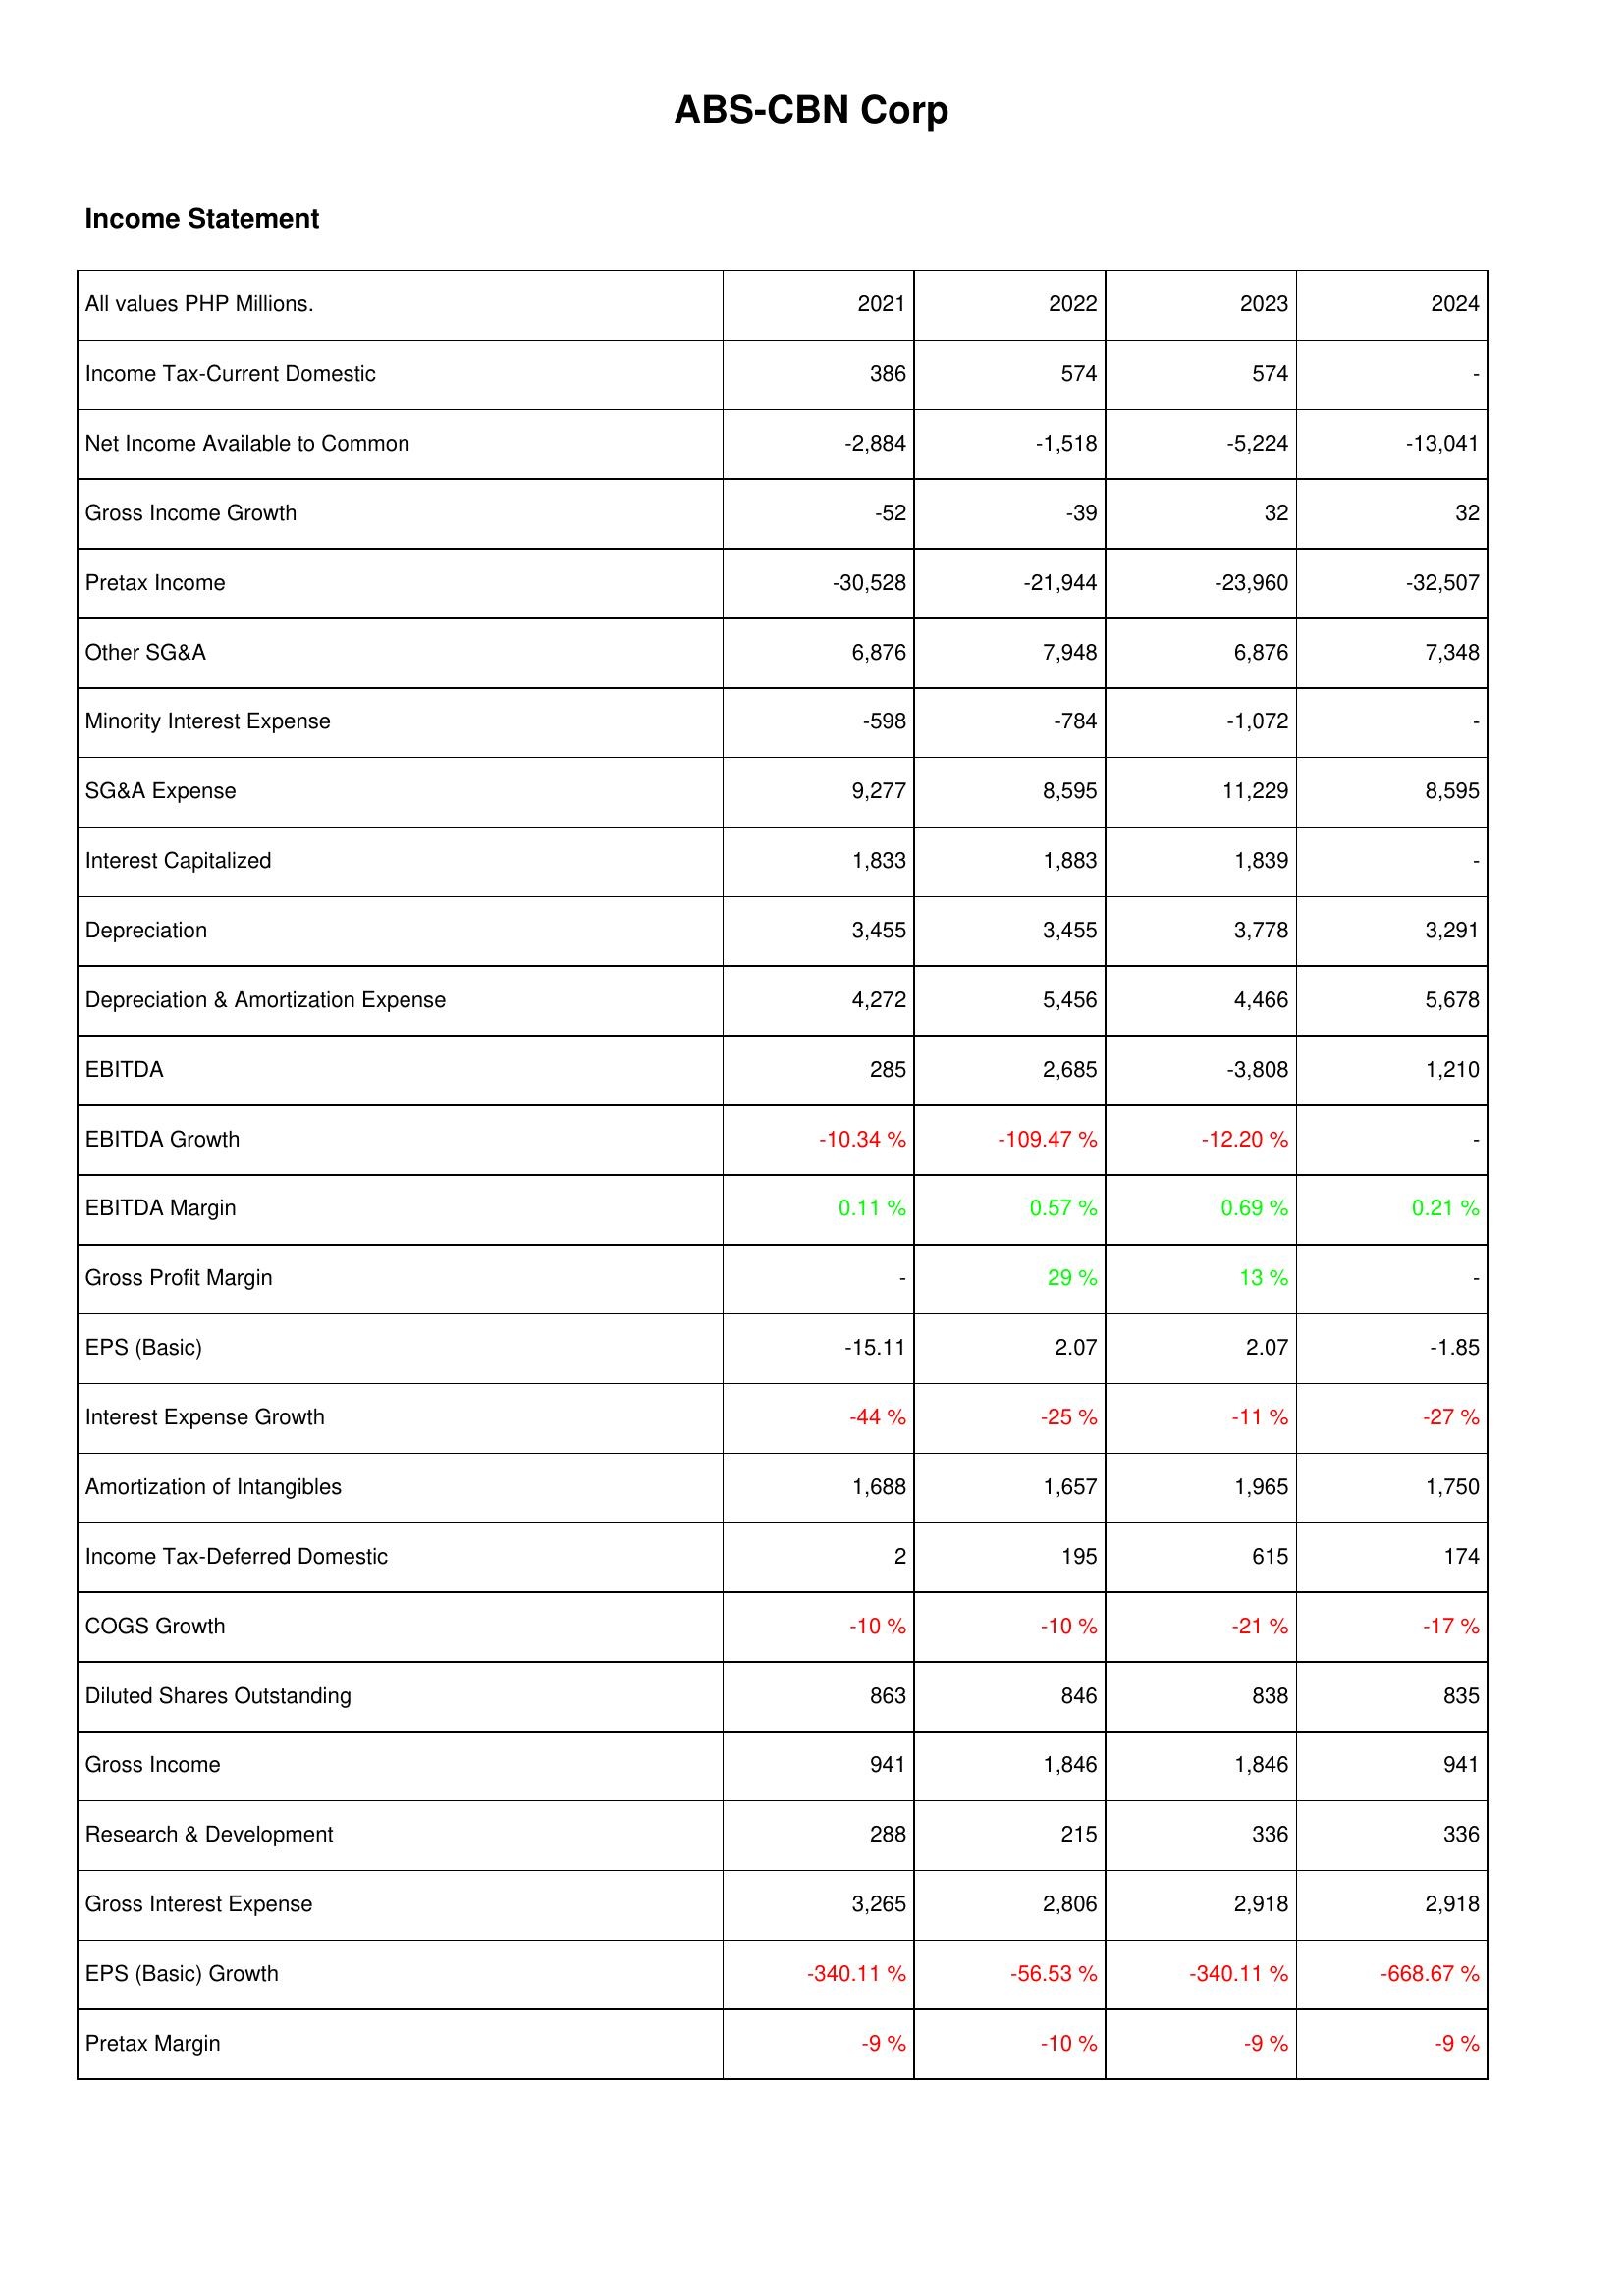
2021: Income Statement: Income Tax-Current Domestic: 386
Net Income Available to Common: -2,884
Gross Income Growth: -52
Pretax Income: -30,528
Other SG&A: 6,876
Minority Interest Expense: -598
SG&A Expense: 9,277
Interest Capitalized: 1,833
Depreciation: 3,455
Depreciation & Amortization Expense: 4,272
EBITDA: 285
EBITDA Growth: -10.34 %
EBITDA Margin: 0.11 %
Gross Profit Margin: -
EPS (Basic): -15.11
Interest Expense Growth: -44 %
Amortization of Intangibles: 1,688
Income Tax-Deferred Domestic: 2
COGS Growth: -10 %
Diluted Shares Outstanding: 863
Gross Income: 941
Research & Development: 288
Gross Interest Expense: 3,265
EPS (Basic) Growth: -340.11 %
Pretax Margin: -9 %
2022: Income Statement: Income Tax-Current Domestic: 574
Net Income Available to Common: -1,518
Gross Income Growth: -39
Pretax Income: -21,944
Other SG&A: 7,948
Minority Interest Expense: -784
SG&A Expense: 8,595
Interest Capitalized: 1,883
Depreciation: 3,455
Depreciation & Amortization Expense: 5,456
EBITDA: 2,685
EBITDA Growth: -109.47 %
EBITDA Margin: 0.57 %
Gross Profit Margin: 29 %
EPS (Basic): 2.07
Interest Expense Growth: -25 %
Amortization of Intangibles: 1,657
Income Tax-Deferred Domestic: 195
COGS Growth: -10 %
Diluted Shares Outstanding: 846
Gross Income: 1,846
Research & Development: 215
Gross Interest Expense: 2,806
EPS (Basic) Growth: -56.53 %
Pretax Margin: -10 %
2023: Income Statement: Income Tax-Current Domestic: 574
Net Income Available to Common: -5,224
Gross Income Growth: 32
Pretax Income: -23,960
Other SG&A: 6,876
Minority Interest Expense: -1,072
SG&A Expense: 11,229
Interest Capitalized: 1,839
Depreciation: 3,778
Depreciation & Amortization Expense: 4,466
EBITDA: -3,808
EBITDA Growth: -12.20 %
EBITDA Margin: 0.69 %
Gross Profit Margin: 13 %
EPS (Basic): 2.07
Interest Expense Growth: -11 %
Amortization of Intangibles: 1,965
Income Tax-Deferred Domestic: 615
COGS Growth: -21 %
Diluted Shares Outstanding: 838
Gross Income: 1,846
Research & Development: 336
Gross Interest Expense: 2,918
EPS (Basic) Growth: -340.11 %
Pretax Margin: -9 %
2024: Income Statement: Income Tax-Current Domestic: -
Net Income Available to Common: -13,041
Gross Income Growth: 32
Pretax Income: -32,507
Other SG&A: 7,348
Minority Interest Expense: -
SG&A Expense: 8,595
Interest Capitalized: -
Depreciation: 3,291
Depreciation & Amortization Expense: 5,678
EBITDA: 1,210
EBITDA Growth: -
EBITDA Margin: 0.21 %
Gross Profit Margin: -
EPS (Basic): -1.85
Interest Expense Growth: -27 %
Amortization of Intangibles: 1,750
Income Tax-Deferred Domestic: 174
COGS Growth: -17 %
Diluted Shares Outstanding: 835
Gross Income: 941
Research & Development: 336
Gross Interest Expense: 2,918
EPS (Basic) Growth: -668.67 %
Pretax Margin: -9 %